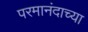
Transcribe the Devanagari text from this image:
परमानंदाच्या